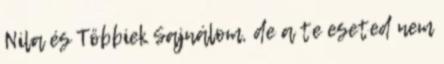
Nila és Többiek Sajnálom, de a te eseted nem